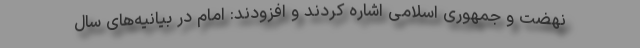
نهضت و جمهوری اسلامی اشاره کردند و افزودند: امام در بیانیه‌های سال